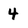
Character: 4